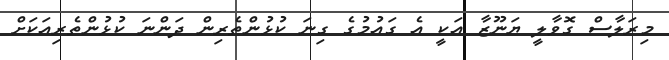
މިރަލާސް ގޮވާލީ ޔަނޫޒާ އަކީ އެ ގައުމުގެ ގިނަ ކުޅުންތެރިން ދަންނަ ކުޅުންތެރިއަކަށް